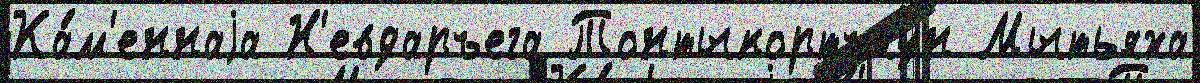
Ка́м'еннаjа Н'евдаръега Тонтыкортъяун Мытьяха